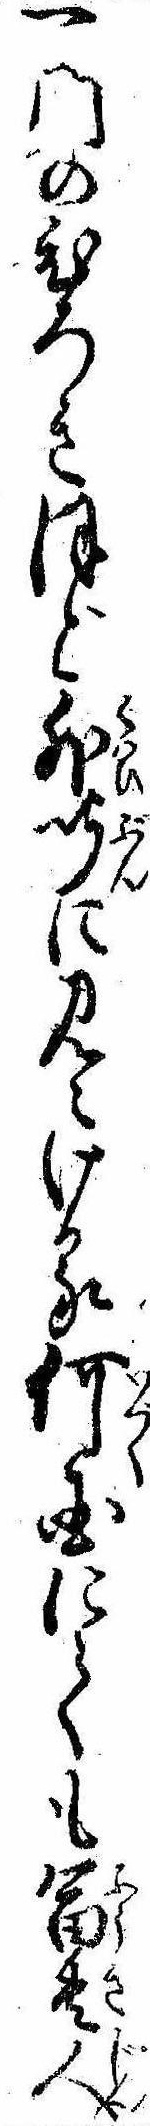
一門のひろきほど外聞に見えける何国にても富貴人